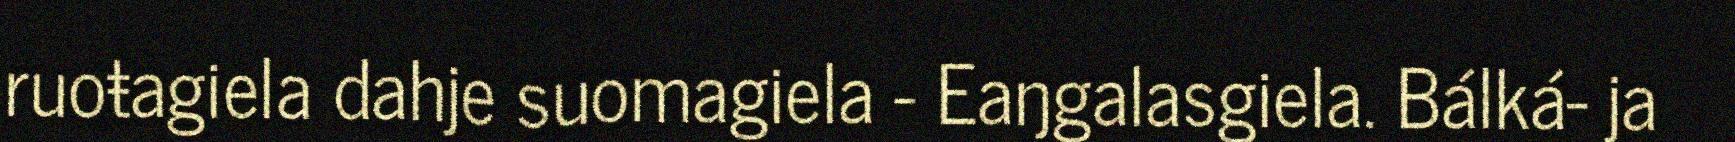
ruoŧagiela dahje suomagiela - Eaŋgalasgiela. Bálká- ja